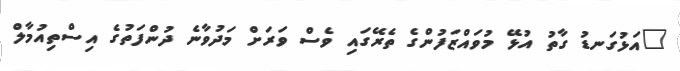
"އަޅުގަނޑު ގާތު އުޅޭ މުވައްޒަފުންގެ ތެރޭގައި ވެސް ވަރަށް މަދުވާނެ ދުންފަތުގެ އިސްތިއުމާލް